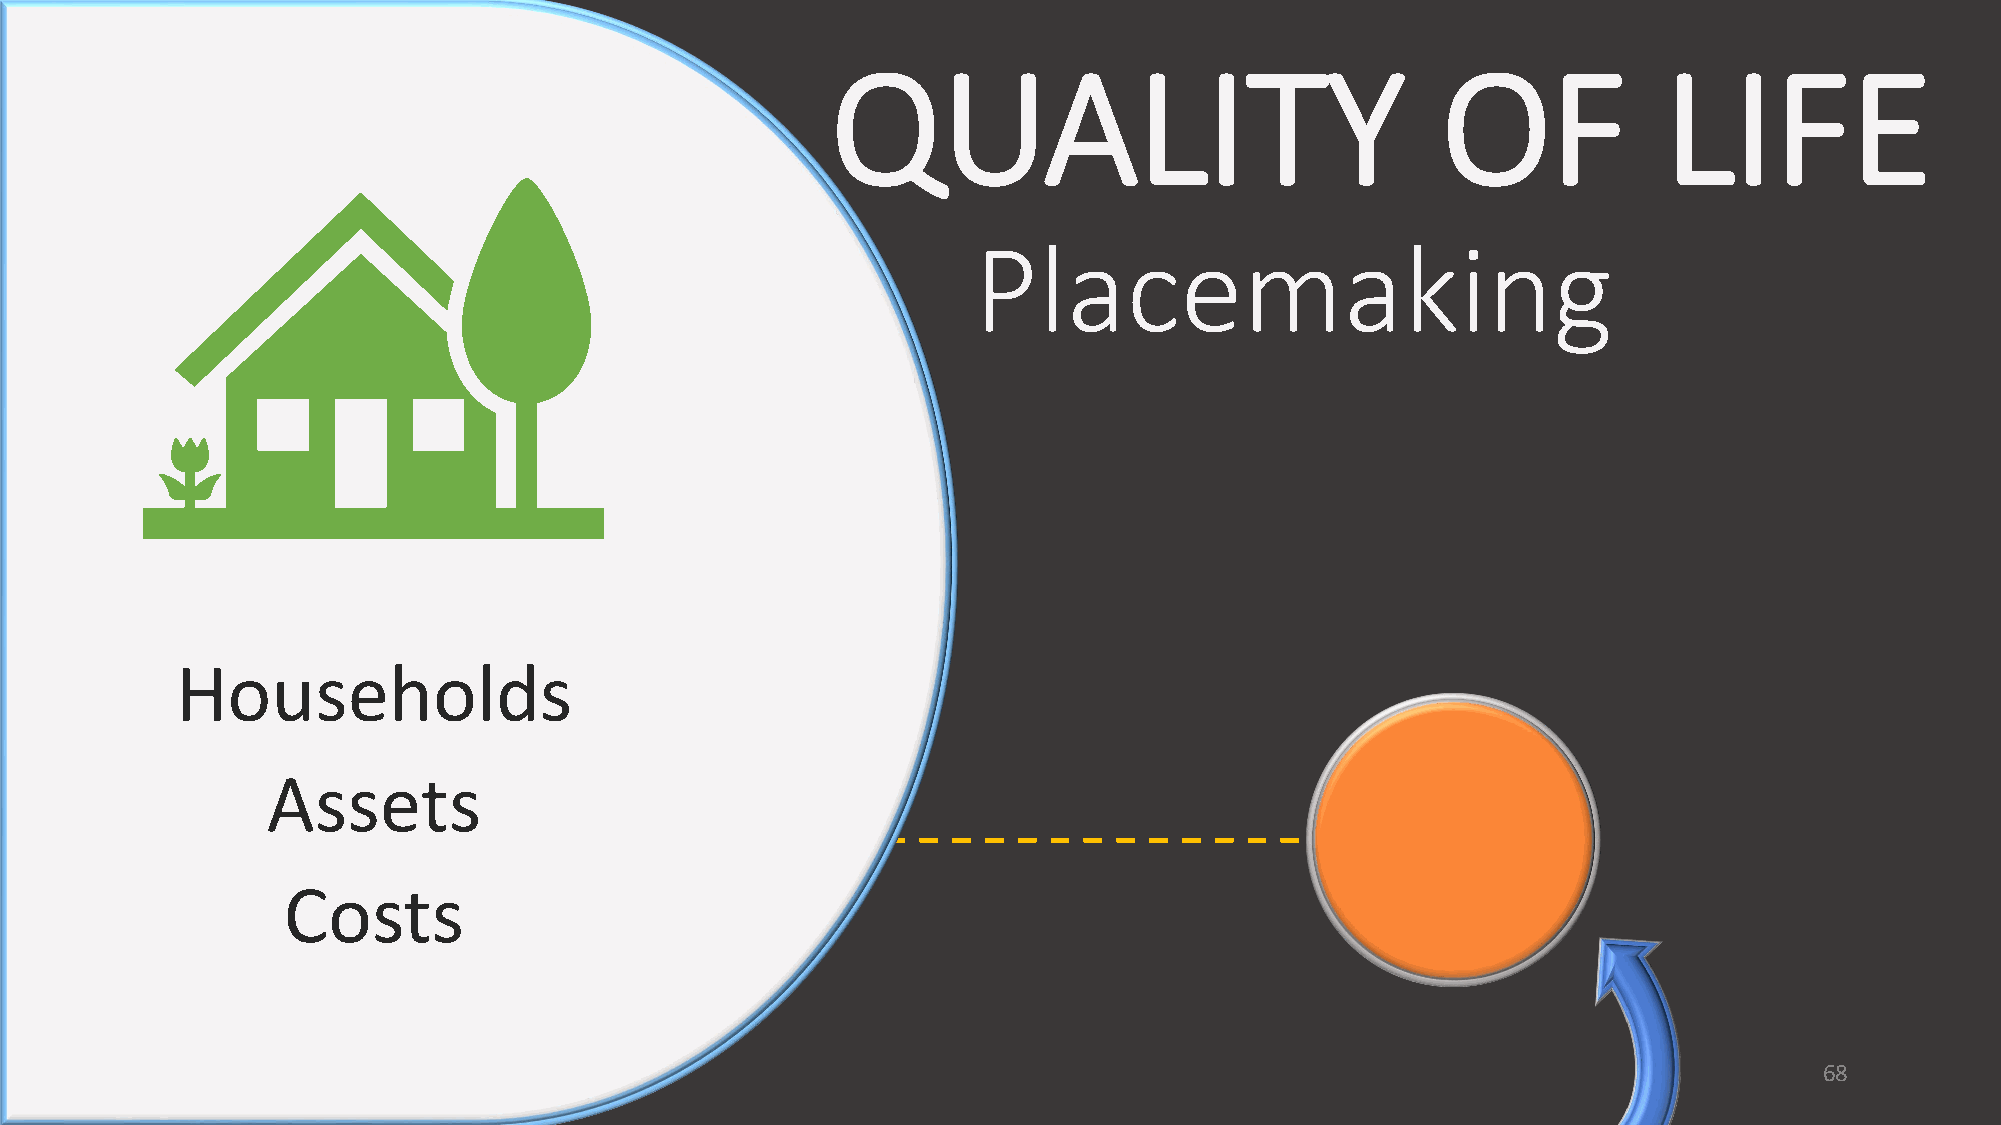
QUALITY                                 OF             LIFE
 Placemaking
 Households
 Assets
 Costs
 68